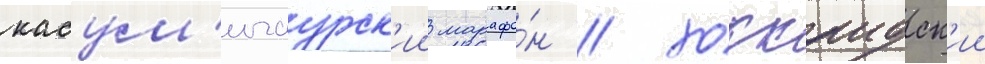
касум'игаурск'ии марафо́н / хоккаидск'ии